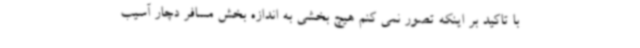
با تاکید بر اینکه تصور نمی کنم هیچ بخشی به اندازه بخش مسافر دچار آسیب